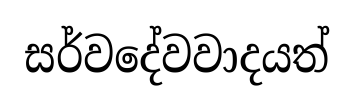
සර්වදේවවාදයත්